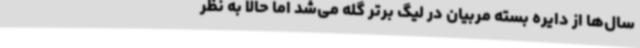
سال‌ها از دایره بسته مربیان در لیگ برتر گله می‌شد اما حالا به نظر